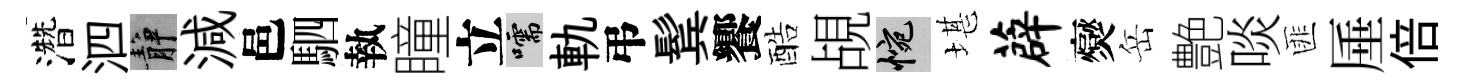
濳泗静減邑駟執瞳立嚅軌弔鬂饗酷覘惋堪薜爕岳艶啖匪厜倍